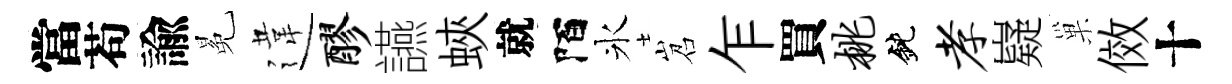
當苟諭冕違醪讌蛺就陌氷岧乍買桃鈍孝嶷巢傚十